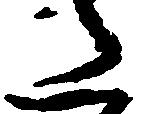
た